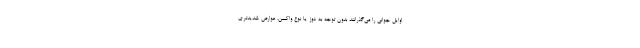
اوایل جوانی را می‌گذرانند بدون توجه به دوز یا نوع واکسن، عوارض شدیدتری